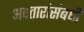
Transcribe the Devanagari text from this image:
अवतारांसंबंधी